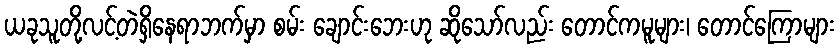
ယခုသူတို့လင့်တဲရှိနေရာဘက်မှာ စမ်း ချောင်းဘေးဟု ဆိုသော်လည်း တောင်ကမူများ၊ တောင်ကြောများ